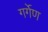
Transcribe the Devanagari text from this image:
गर्गेण